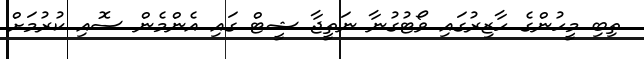
ތިބި މީހުންގެ ހާޒިރުގައި ވޯޓުގުނާ ނަތީޖާ ޝީޓް ގައި އެންމެން ސޮއި ކުރުމަށް